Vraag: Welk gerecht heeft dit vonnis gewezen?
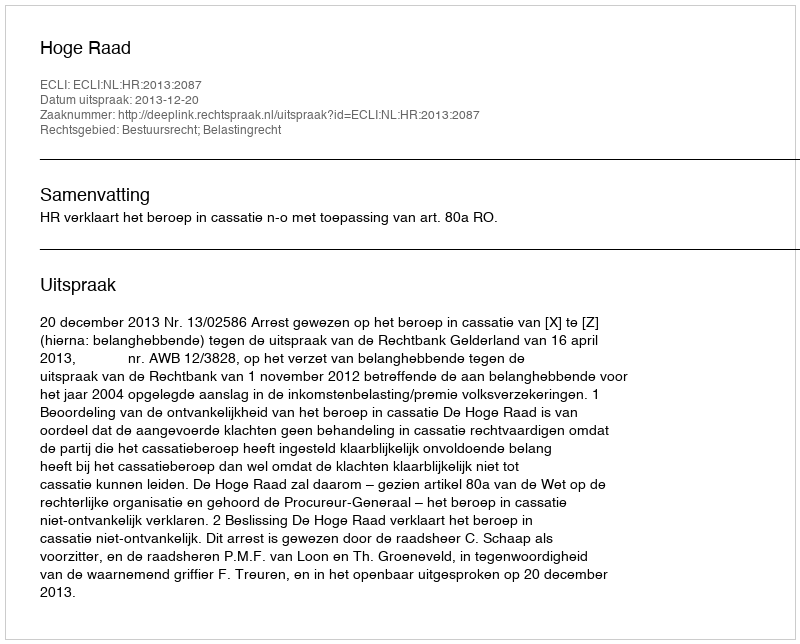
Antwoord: Hoge Raad